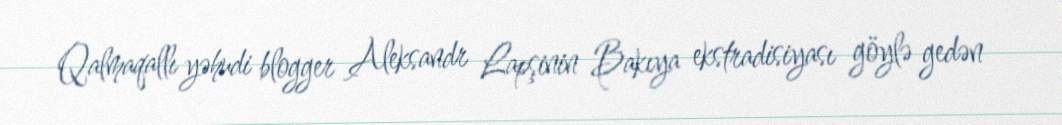
Qalmaqallı yəhudi blogger Aleksandr Lapşinin Bakıya ekstradisiyası göylə gedən